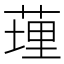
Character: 𦷯